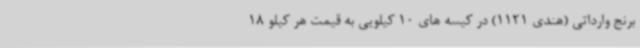
برنج وارداتی (هندی 1121) در کیسه های 10 کیلویی به قیمت هر کیلو 18